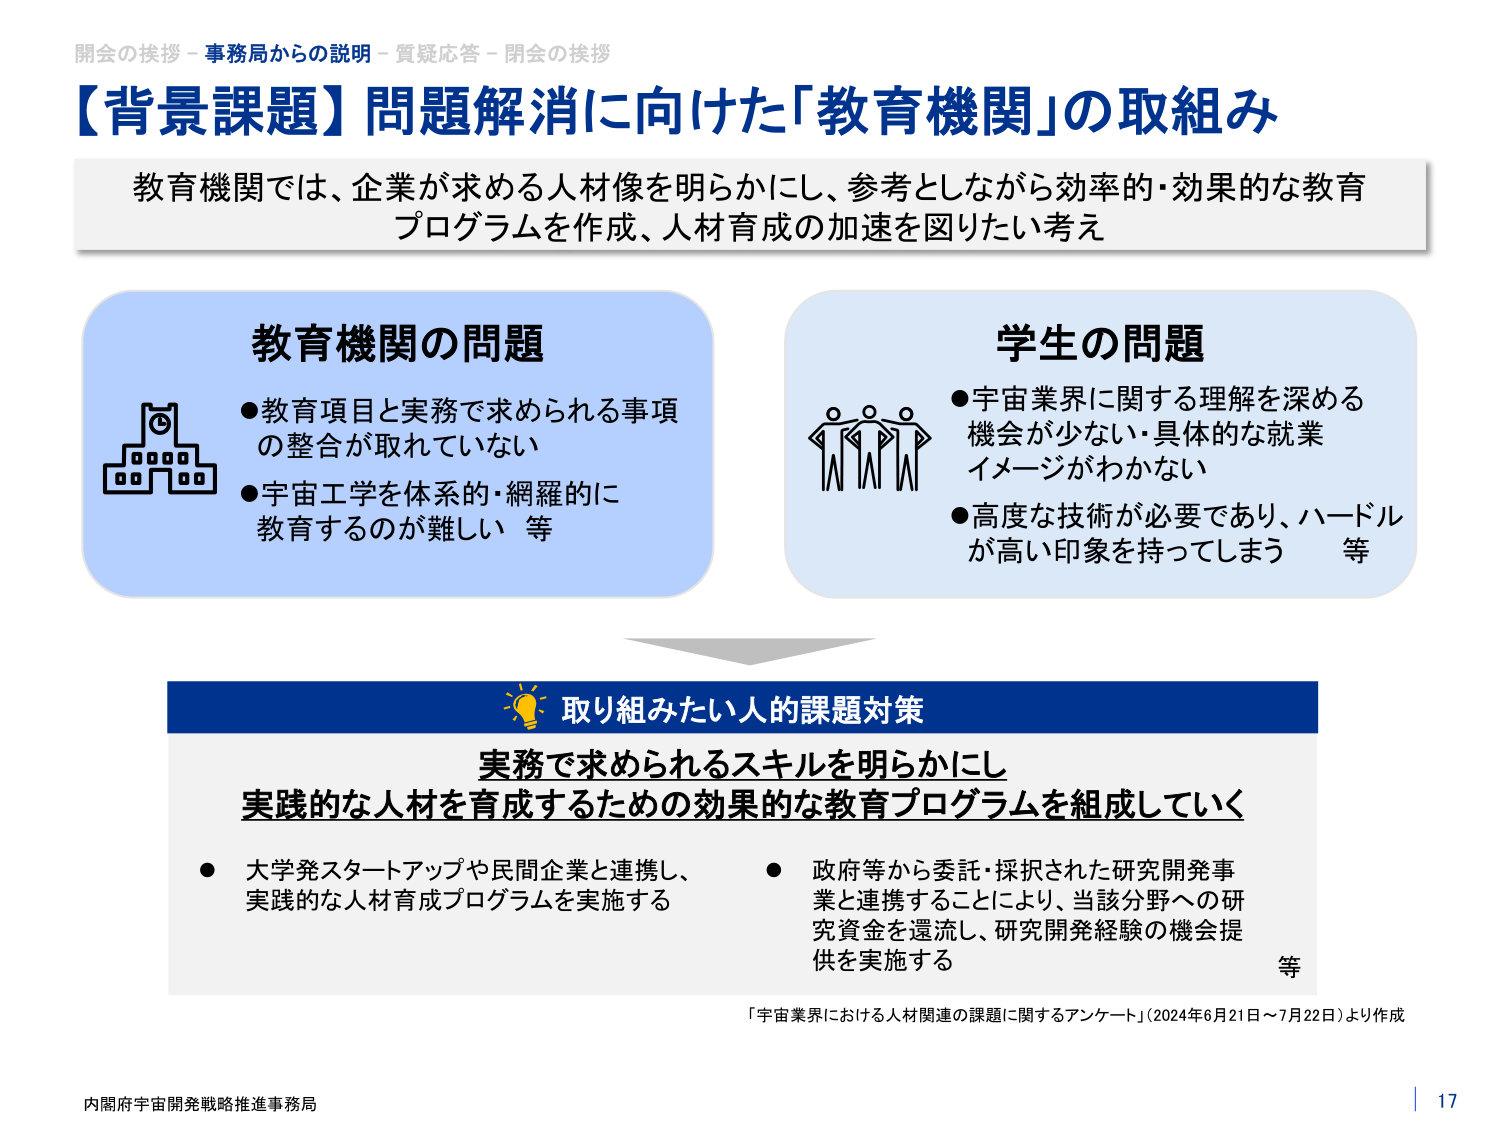
開会の挨拶 - 事務局からの説明 - 質疑応答 - 閉会の挨拶
【背景課題】問題解消に向けた「教育機関」の取組み
教育機関では、企業が求める人材像を明らかにし、参考としながら効率的・効果的な教育プログラムを作成、人材育成の加速を図りたい考え

教育機関の問題
●教育項目と実務で求められる事項の整合が取れていない
●宇宙工学を体系的・網羅的に教育するのが難しい 等

学生の問題
●宇宙業界に関する理解を深める機会が少ない・具体的な就業イメージがわからない
●高度な技術が必要であり、ハードルが高い印象を持ってしまう 等

取り組みたい人的課題対策
実務で求められるスキルを明らかにし
実践的な人材を育成するための効果的な教育プログラムを組成していく
●大学発スタートアップや民間企業と連携し、実践的な人材育成プログラムを実施する
●政府等から委託・採択された研究開発事業と連携することにより、当該分野への研究資金を還流し、研究開発経験の機会提供を実施する 等

「宇宙業界における人材関連の課題に関するアンケート」（2024年6月21日～7月22日）より作成

内閣府宇宙開発戦略推進事務局
17